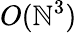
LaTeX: O(\mathbb{N}^{3})